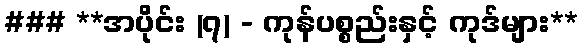
### **အပိုင်း (၇) - ကုန်ပစ္စည်းနှင့် ကုဒ်များ**